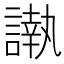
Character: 𮘰